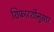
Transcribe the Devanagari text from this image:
शिफारशींनुसार